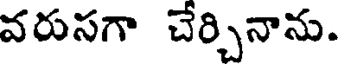
వరుసగా చేర్చినాను.